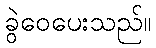
ခွဲဝေပေးသည်။